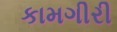
કામગીરી